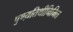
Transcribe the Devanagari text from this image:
पुण्य़तिथीनिमित्त